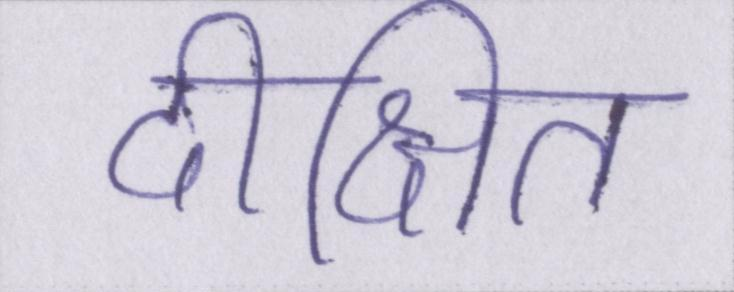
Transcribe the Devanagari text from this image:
दीक्षित